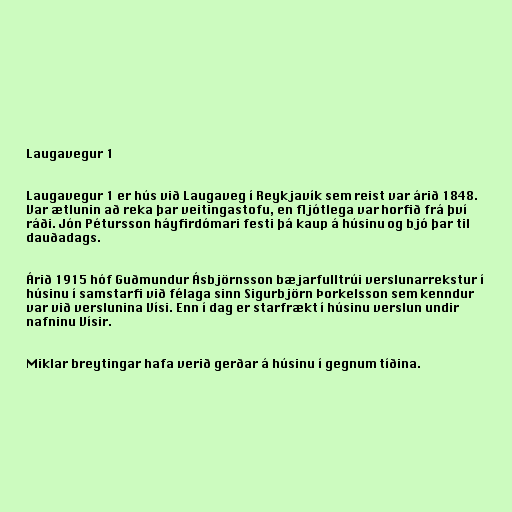
Laugavegur 1

Laugavegur 1 er hús við Laugaveg í Reykjavík sem reist var árið 1848.
Var ætlunin að reka þar veitingastofu, en fljótlega var horfið frá því
ráði. Jón Pétursson háyfirdómari festi þá kaup á húsinu og bjó þar til
dauðadags.

Árið 1915 hóf Guðmundur Ásbjörnsson bæjarfulltrúi verslunarrekstur í
húsinu í samstarfi við félaga sinn Sigurbjörn Þorkelsson sem kenndur
var við verslunina Vísi. Enn í dag er starfrækt í húsinu verslun undir
nafninu Vísir.

Miklar breytingar hafa verið gerðar á húsinu í gegnum tíðina.